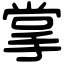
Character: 掌